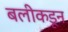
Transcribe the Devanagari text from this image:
बलीकडून